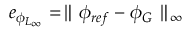
\begin{array} { r } { e _ { \phi _ { L _ { \infty } } } = \parallel \phi _ { r e f } - \phi _ { G } \parallel _ { \infty } } \end{array}